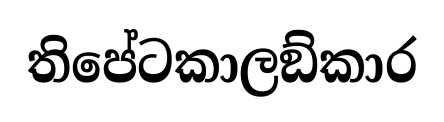
තිපේටකාලඞ්කාර